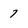
Character: 7